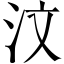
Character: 汶